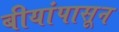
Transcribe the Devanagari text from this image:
बीयांपासून